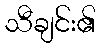
သီချင်း၏